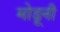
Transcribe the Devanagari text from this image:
मोडूनी